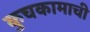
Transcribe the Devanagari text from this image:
कुचकामाची